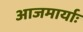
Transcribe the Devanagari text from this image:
आजमार्याः